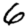
Digit: 6